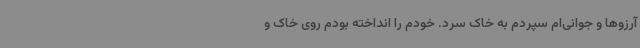
آرزوها و جوانی‌ام سپردم به خاک سرد. خودم را انداخته بودم روی خاک و